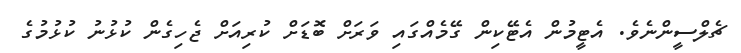
ޗެލްސީންނެވެ. އެޓީމުން އެޓޭކިން ގޭމެއްގައި ވަރަށް ބޮޑަށް ކުރިއަށް ޖެހިގެން ކުޅުނު ކުޅުމުގެ